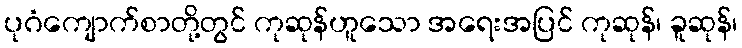
ပုဂံကျောက်စာတို့တွင် ကုဆုန်ဟူသော အရေးအပြင် ကုဆုန်၊ ခူဆုန်၊